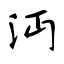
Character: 沔